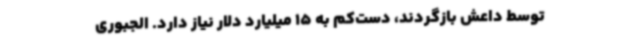
توسط داعش بازگردند، دست‌کم به 15 میلیارد دلار نیاز دارد. الجبوری